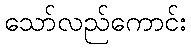
သော်လည်ကောင်း